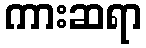
ကားဆရာ